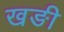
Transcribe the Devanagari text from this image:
खङी